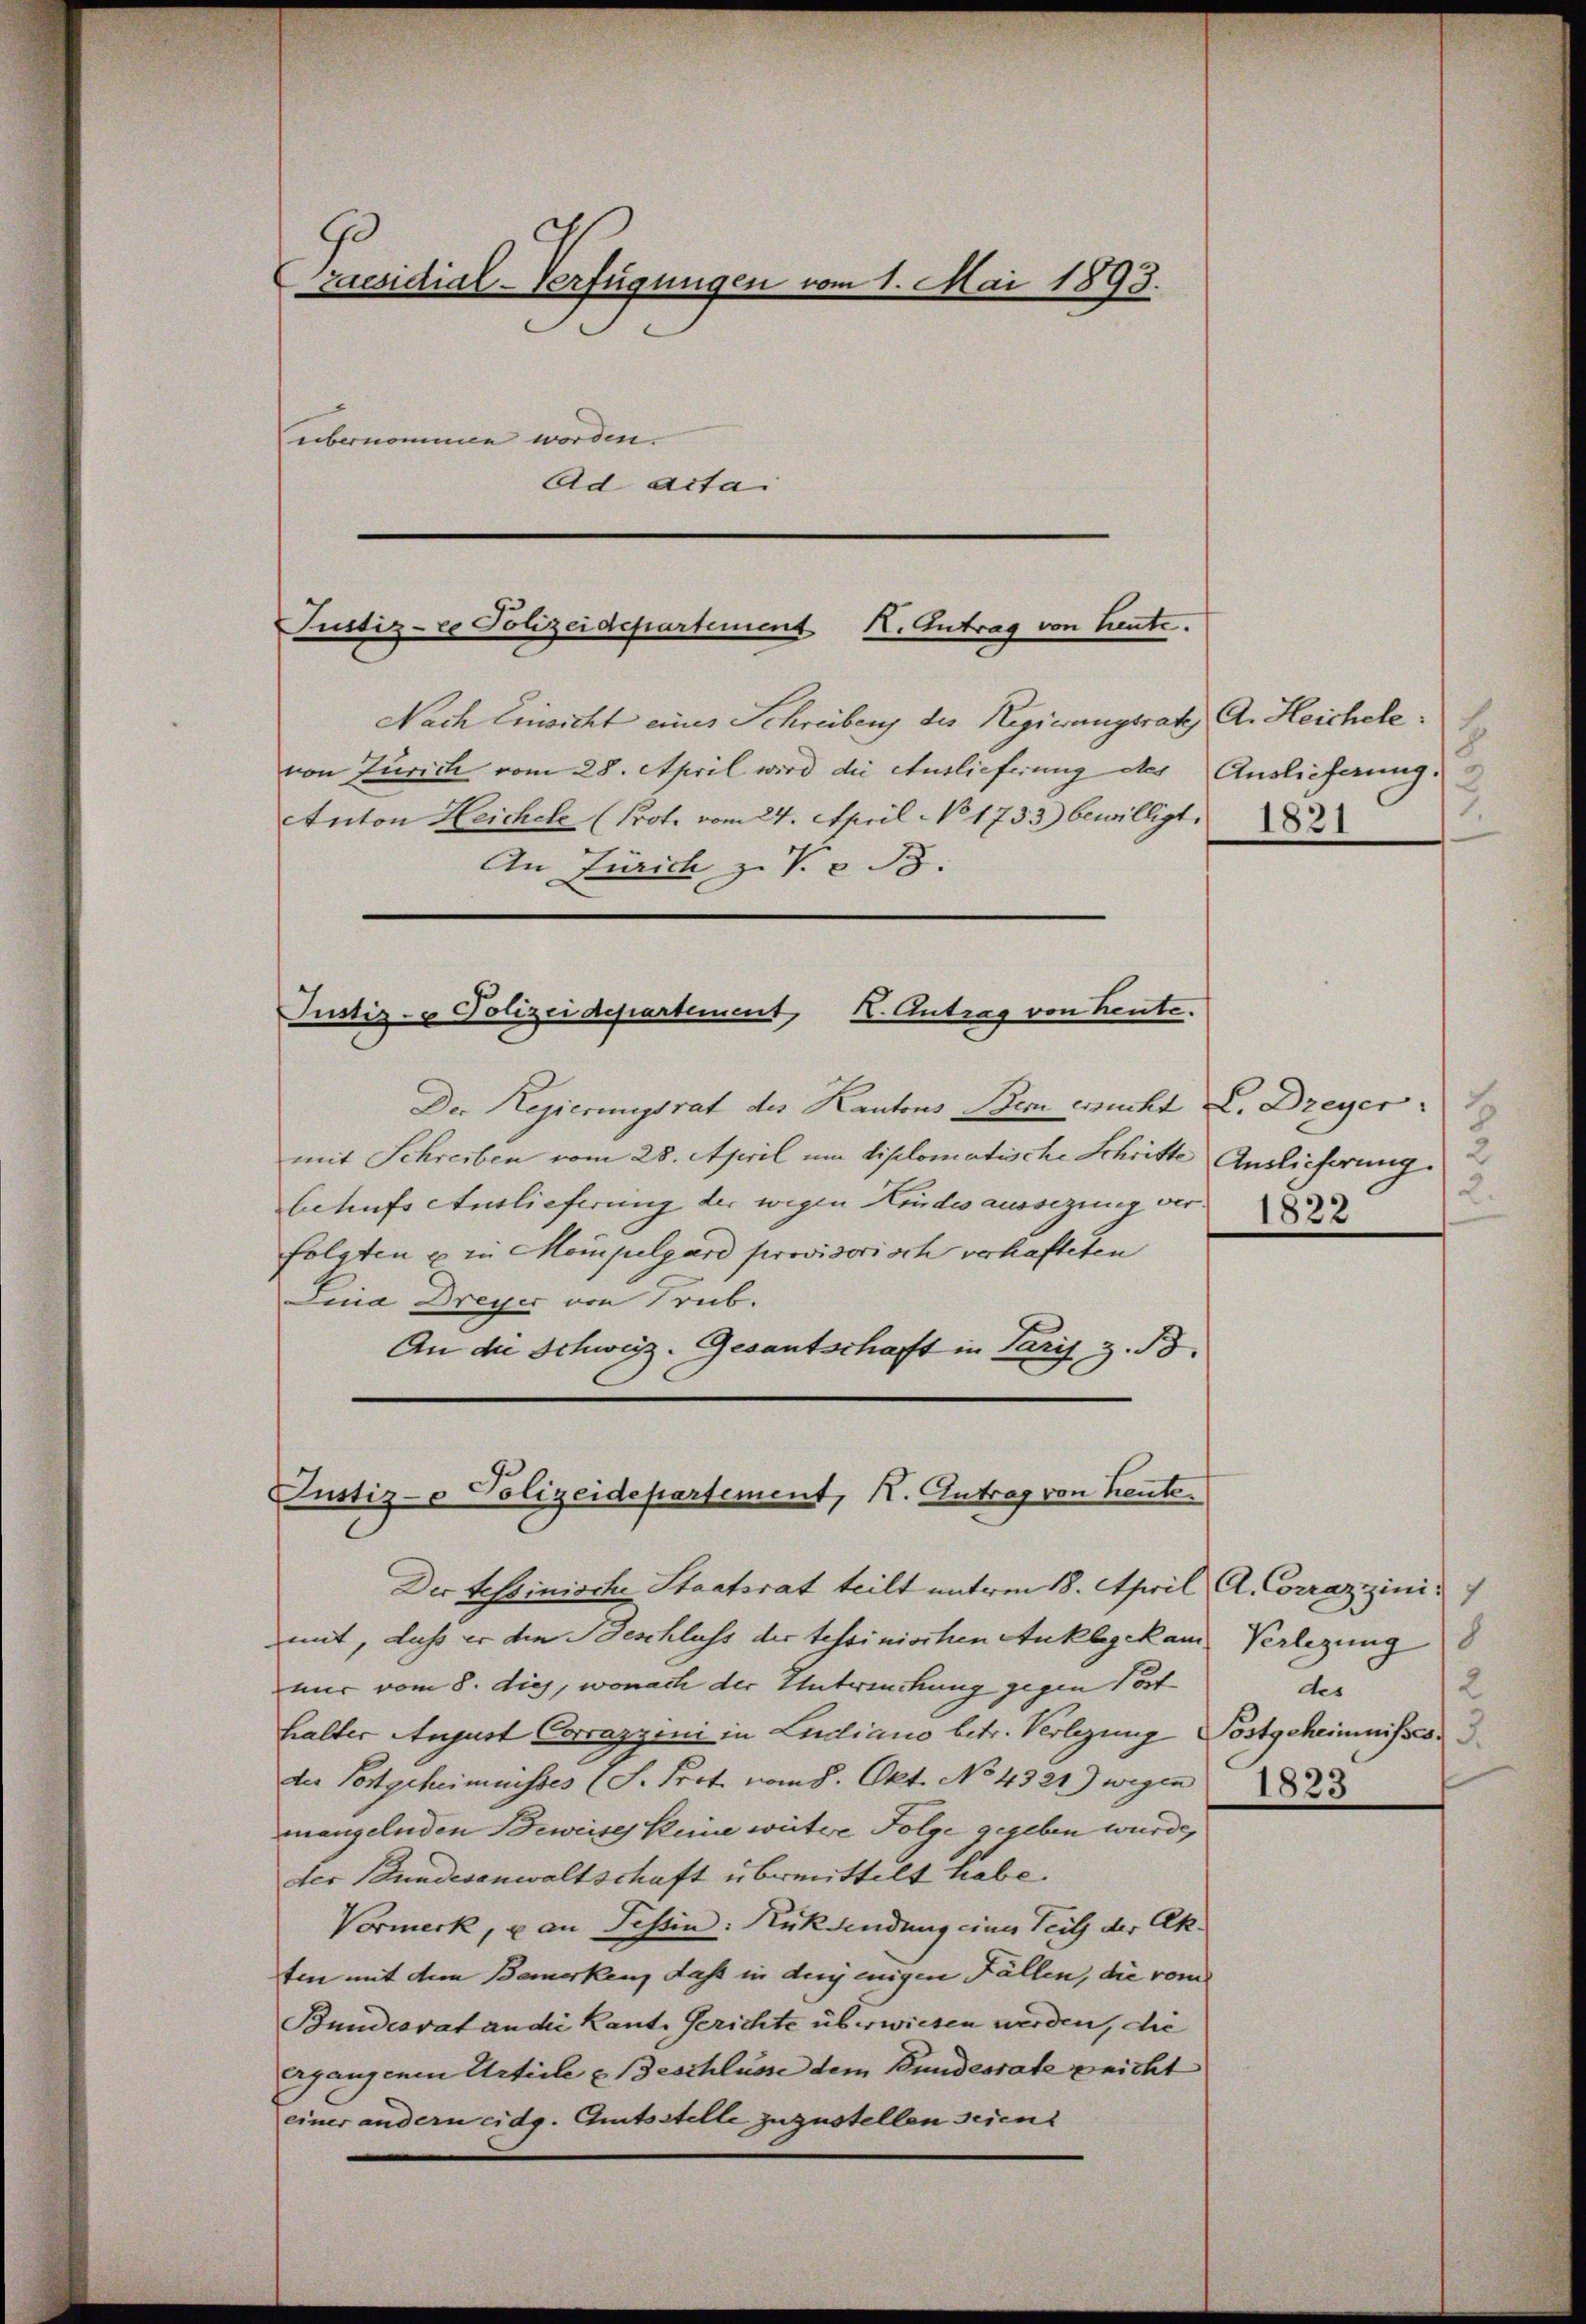
raesidial-Verfügungen vom 1. Mai 1893.
übernommen worden.
Ad acta

Justiz-co Polizeidepartement
X. Antrag von heute.

Nach Einsicht eines Schreibens des Regierungsrath A. Heichele
von Zürich vom 28. April wird die Auslieferung des Auslieferung.
Anton Heichele (Prot. vom 24. April No 1733) bewilligt.
An Zürich z. V. B.

Justiz- & Polizeidepartement, I. Antrag von heute.

Justiz- & Polizeidepartement, K. Antrag von heute

Der Regierungsrat des Kantons Bei eucht L. Dreyer
mit Schreiben vom 28. April um diplomatische Schritte Auslieferung
behufs etuslieferung der wegen Kindesaussezung ver
folgten u in Mompelgard provisorisch verhafteten
Lina Dreyer von Trub.
An die Schweiz. Gesantschaft in Paris z. B.

Der tessinische Staatsrat teilt unterm 18. April A. Corrazzinimit, daß er den Beschluss der tessinischen Anklagekam Verlegung
nur vom 8. dies, wonach der Untersuchung gegen Post
halter August Corrazzeni in Ludiano betr. Verlegung Postgeheimnisses
der Postgeheimnisses (S. Prot vom 8. Okt. No 4321) wegen 23
mangelnden Beweises keine weitere Folge gegeben wurde,
der Bundesanwaltschaft übermittelt habe.
Vormerk, u an Tessin: Rücksendung einer Seitz der Akten mit dem Bemerken, daß in derjenigen Fällen, die vom
Bundesrat an die Kant. Gerichte überwiesen werden, die
ergangenen Article & Beschlüsse dem Bundesrate peicht
einer andern eidg. Gutsstelle zuzustellen seien.

.
3
1821

2
2
1822

2
des